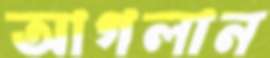
আগলান